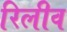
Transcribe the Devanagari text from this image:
रिलीव